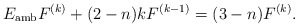
\begin{align*}E_{\mathrm{amb}}F^{(k)}+(2-n)k F^{(k-1)}=(3-n)F^{(k)}.\end{align*}